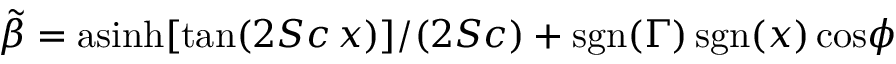
\tilde { \beta } = \mathrm { a s i n h } [ \mathrm { t a n } ( 2 S c \, x ) ] / ( 2 S c ) + \mathrm { s g n } ( \Gamma ) \, \mathrm { s g n } ( x ) \, \mathrm { c o s } \phi